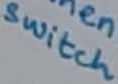
Text: switch